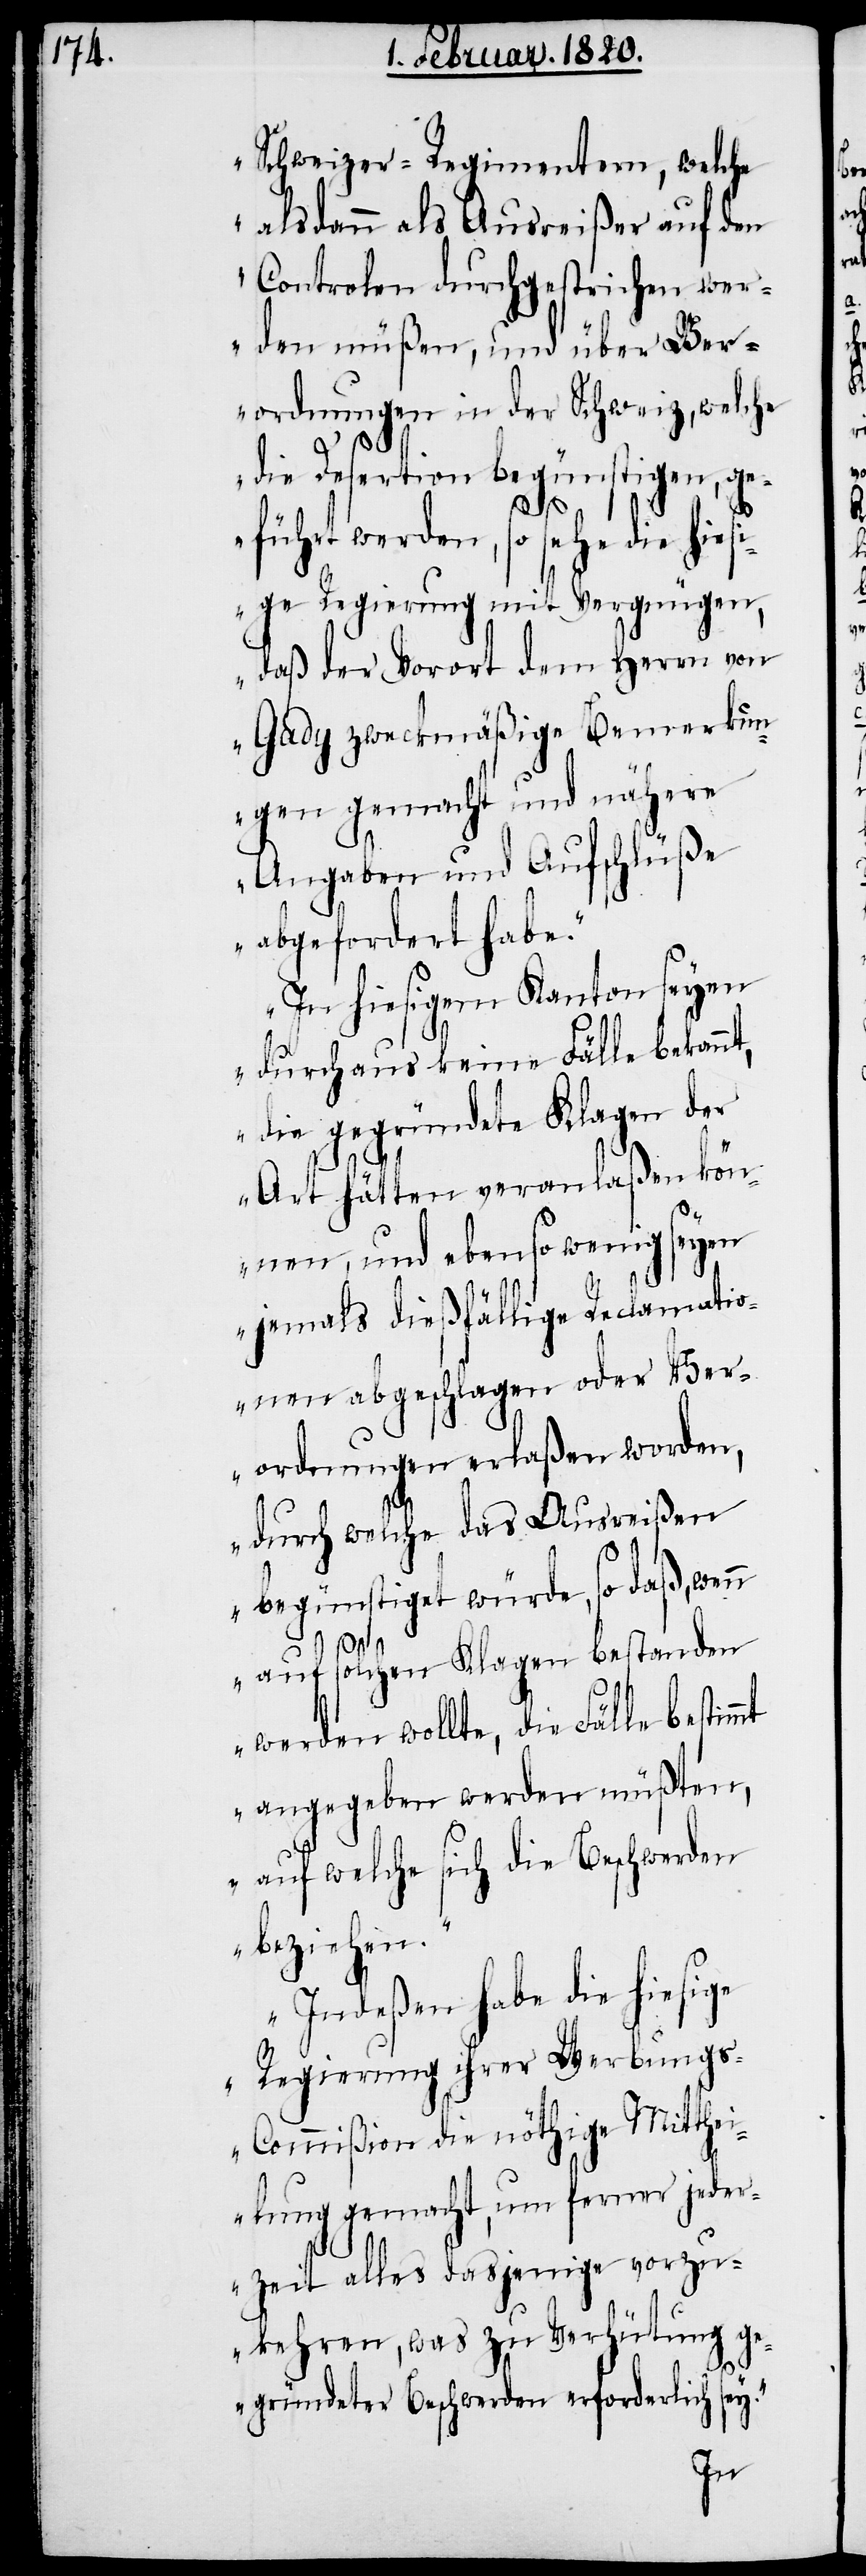
Schweizer-Regimentern, welche
alsdann als Ausreißer auf den
Controlen durchgestrichen wer¬
den müßen, und über Ver¬
ordnungen in der Schweiz, welche
die Desertion begünstigen, ge¬
führt werden, so sehe die hies¬
ige Regierung mit Vergnügen,
daß der Vorort dem Herrn von
Gady zweckmäßige Bemerkun¬
gen gemacht und nähere
Angaben und Aufschlüße
abgefordert habe.“
„In hiesigem Kanton seyen
durchaus keine Fälle bekannt,
die gegründete Klagen der
Art hätten veranlaßen kön¬
nen, und ebenso wenig seyen
jemals dießfällige Reclamatio¬
nen abgeschlagen oder Ver¬
ordnungen erlaßen worden,
durch welche das Ausreißen
begünstiget würde, so daß, wenn
auf solchen Klagen bestanden
werden wollte, die Fälle bestimmt
angegeben werden müßten,
auf welche sich die Beschwerden
beziehen.“
„Indeßen habe die hiesige
Regierung ihrer Werbung¬
s-Commißion die nöthige Mitthei¬
lung gemacht, um ferner jeder¬
zeit alles dasjenige vorzu¬
kehren, was zu Verhütung ge¬
gründeter Beschwerden erforderlich sey.“